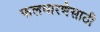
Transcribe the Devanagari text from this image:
फलधारणेसाठी